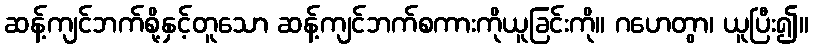
ဆန့်ကျင်ဘက်စို့နှင့်တူသော ဆန့်ကျင်ဘက်စကားကိုယူခြင်းကို။ ဂဟေတွာ၊ ယူပြီး၍။